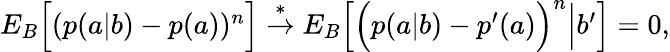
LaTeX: \begin{array}{r}{{E}_{B}\Big[(p(a|b)-p(a))^{n}\Big]\stackrel{*}{\rightarrow}{E}_{B}\Big[\Big(p(a|b)-p^{\prime}(a)\Big)^{n}\Big|b^{\prime}\Big]=0,}\end{array}